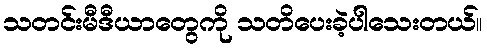
သတင်းမီဒီယာတွေကို သတိပေးခဲ့ပါသေးတယ်။